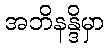
အဘိနန္ဒိမှာ